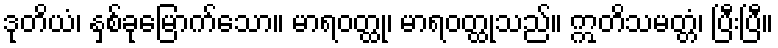
ဒုတိယံ၊ နှစ်ခုမြောက်သော။ မာရဝတ္ထု၊ မာရဝတ္ထုသည်။ ဣတိသမတ္တံ၊ ပြီးပြီ။